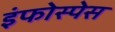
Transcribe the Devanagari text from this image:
इंफोस्पेस